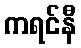
ကရင်နီ